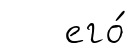
его́